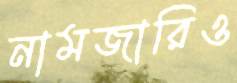
নামজারিও